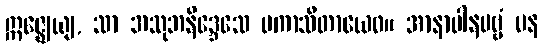
ဣဇ္ဈေယျ, သာ အသုဘနိဒ္ဒေသေ ပကာသိတာယေဝ။ အာနာပါနပဗ္ဗံ ပန